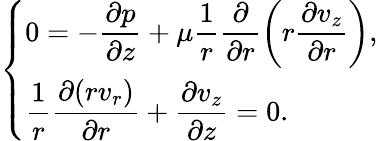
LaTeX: \left\{ \begin{array}{ll}{\displaystyle 0=-\frac{\partial p}{\partial z}+\mu\frac{1}{r}\frac{\partial}{\partial r}\left(r\frac{\partial v_{z}}{\partial r}\right),}\\ {\displaystyle\frac{1}{r}\frac{\partial(rv_{r})}{\partial r}+\frac{\partial v_{z}}{\partial z}=0.}\end{array}\right.